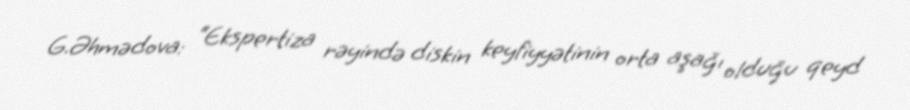
G.Əhmədova: “Ekspertiza rəyində diskin keyfiyyətinin orta aşağı olduğu qeyd